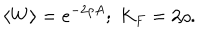
\langle W \rangle = e ^ { - 2 \rho A } ; \; K _ { F } = 2 \rho .